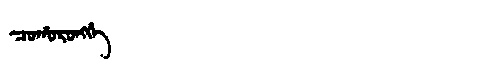
Manchu: ᠴᠣᡥᠣᡵᠣᠩᡤᡝ
Romanization: COHORONGGE